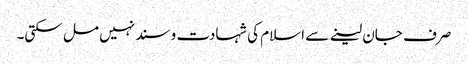
صرف جان لینے سے اسلام کی شہادت و سند نہیں مل سکتی۔